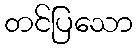
တင်ပြသော